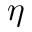
\eta